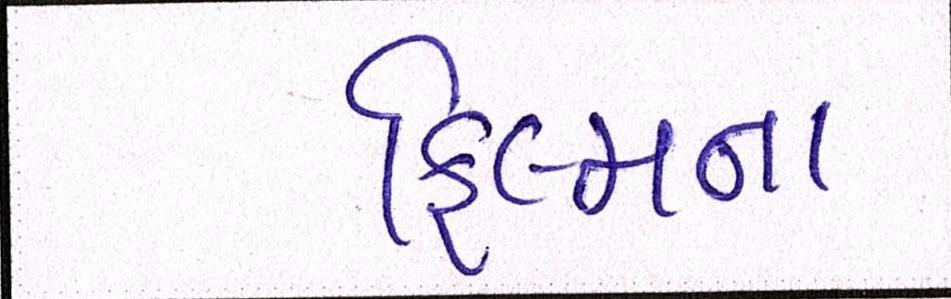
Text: ફિલ્મના